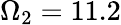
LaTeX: \Omega_{2}=11.2